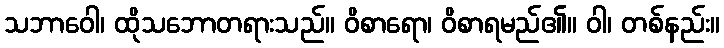
သဘာဝေါ၊ ထိုသဘောတရားသည်။ ဝိစာရော၊ ဝိစာရမည်၏။ ဝါ၊ တစ်နည်း။